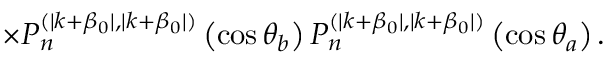
\times P _ { n } ^ { ( \mid k + \beta _ { 0 } \mid , \mid k + \beta _ { 0 } \mid ) } \left( \cos \theta _ { b } \right) P _ { n } ^ { ( \mid k + \beta _ { 0 } \mid , \mid k + \beta _ { 0 } \mid ) } \left( \cos \theta _ { a } \right) .